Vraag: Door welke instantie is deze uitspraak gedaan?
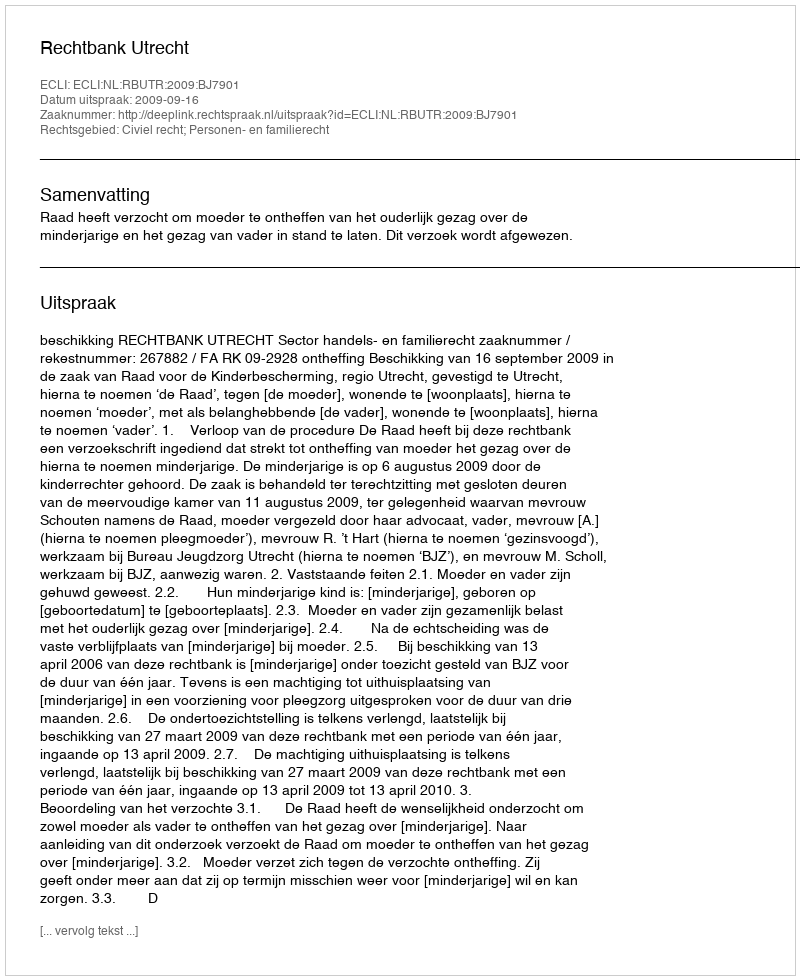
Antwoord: Rechtbank Utrecht